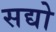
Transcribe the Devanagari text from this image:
सद्यो